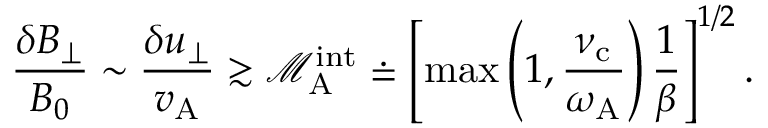
\frac { \delta B _ { \perp } } { B _ { 0 } } \sim \frac { \delta u _ { \perp } } { v _ { \mathrm { A } } } \gtrsim \mathcal { M } _ { \mathrm { A } } ^ { \mathrm { i n t } } \doteq \left[ \operatorname* { m a x } \left( 1 , \frac { \nu _ { \mathrm { c } } } { \omega _ { \mathrm { A } } } \right) \frac { 1 } { \beta } \right] ^ { 1 / 2 } .